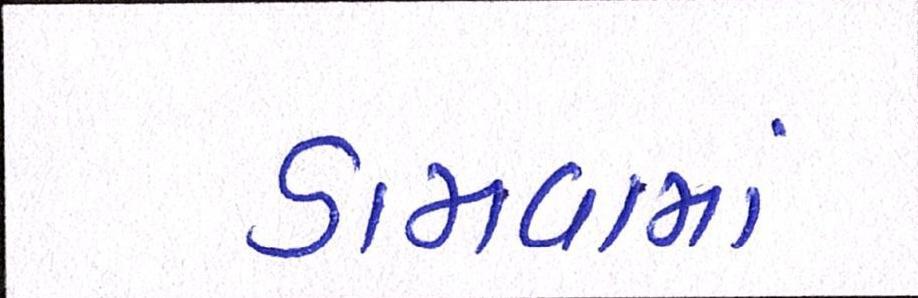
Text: ડામવામાં